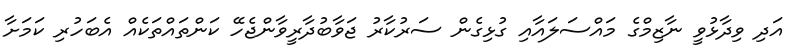
އަދި ވިދާޅުވީ ނާޒިމްގެ މައްސަލައާއި ގުޅިގެން ސަރުކާރު ޖަވާބުދާރީވާންޖެހޭ ކަންތައްތަކެއް އެބަހުރި ކަމަށާ